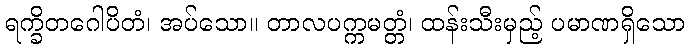
ရက္ခိတဂေါပိတံ၊ အပ်သော။ တာလပက္ကမတ္တံ၊ ထန်းသီးမှည့် ပမာဏရှိသော